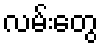
လမ်းတွေ